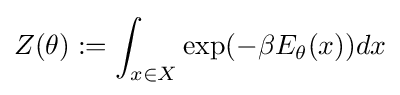
Z(\theta ):=\int _{x\in X}\exp(-\beta E_{\theta }(x))dx